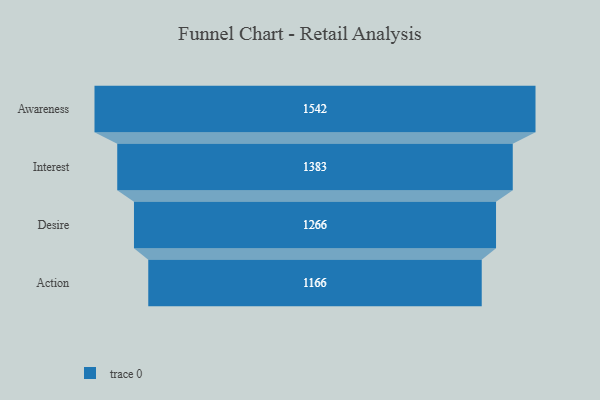
{"axis": {"x": "Stage", "y": "Value"}, "legend": [""], "data": [{"x": "Awareness", "y": 1542.0, "type": ""}, {"x": "Interest", "y": 1383.0, "type": ""}, {"x": "Desire", "y": 1266.0, "type": ""}, {"x": "Action", "y": 1166.0, "type": ""}]}